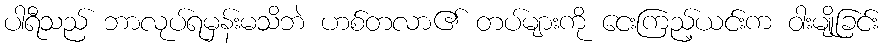
ပါရီသည် ဘာလုပ်ရမှန်းမသိဘဲ ဟစ်တလာ၏ တပ်များကို ငေးကြည့်ယင်းက ဝါးမျိုခြင်း